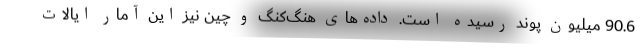
90.6 میلیون پوند رسیده است. داده‌های هنگ‌کنگ و چین نیز این آمار ایالات